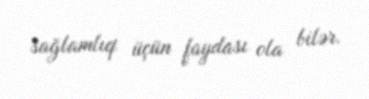
sağlamlıq üçün faydası ola bilər.